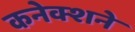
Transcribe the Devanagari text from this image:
कनेक्शने